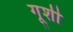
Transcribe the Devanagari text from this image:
गूशी